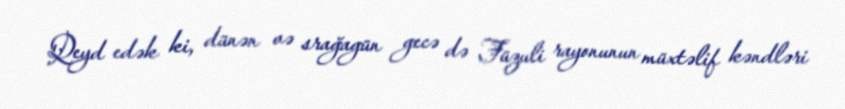
Qeyd edək ki, dünən və srağagün gecə də Füzuli rayonunun müxtəlif kəndləri